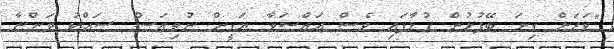
"ވަރަށް ގިނަ ބޭފުޅުން ގުޅާފައި ވެސް އައްސަވާ ޔަގީން ނުވިޔަސް ޝައްކު ވަންޏާ